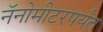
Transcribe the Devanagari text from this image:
नॅनोमीटरपर्यंत